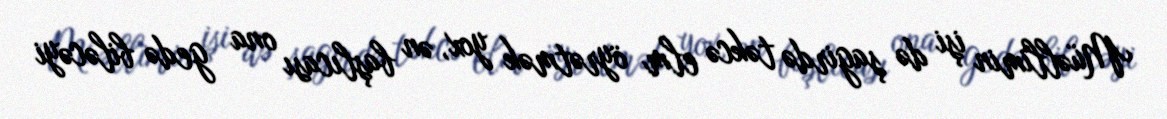
Müəllimin işi də şagirdə təkcə elm öyrətmək yox, ən başlıcası ona gedə biləcəyi